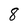
Character: 8